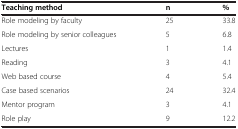
<table><thead><tr><td><b>Teaching method</b></td><td><b>n</b></td><td><b>%</b></td></tr></thead><tbody><tr><td>Role modeling by faculty</td><td>25</td><td>33.8</td></tr><tr><td>Role modeling by senior colleagues</td><td>5</td><td>6.8</td></tr><tr><td>Lectures</td><td>1</td><td>1.4</td></tr><tr><td>Reading</td><td>3</td><td>4.1</td></tr><tr><td>Web based course</td><td>4</td><td>5.4</td></tr><tr><td>Case based scenarios</td><td>24</td><td>32.4</td></tr><tr><td>Mentor program</td><td>3</td><td>4.1</td></tr><tr><td>Role play</td><td>9</td><td>12.2</td></tr></tbody></table>